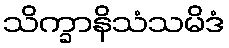
သိက္ခာနိသံသမိဒံ